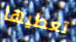
تعطيها